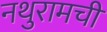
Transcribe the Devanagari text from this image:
नथुरामची